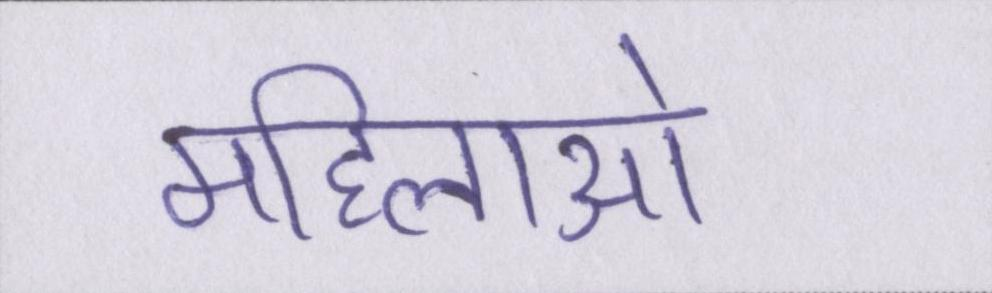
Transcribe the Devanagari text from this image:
महिलाओ